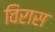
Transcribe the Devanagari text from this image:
विरास